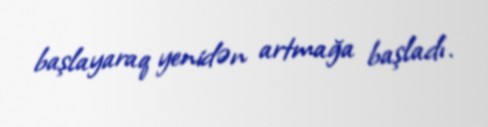
başlayaraq yenidən artmağa başladı.